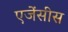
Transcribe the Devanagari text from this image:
एजेंसीस